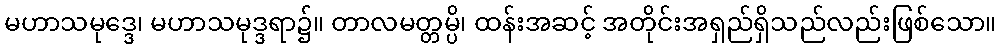
မဟာသမုဒ္ဒေ၊ မဟာသမုဒ္ဒရာ၌။ တာလမတ္တမ္ပိ၊ ထန်းအဆင့် အတိုင်းအရှည်ရှိသည်လည်းဖြစ်သော။